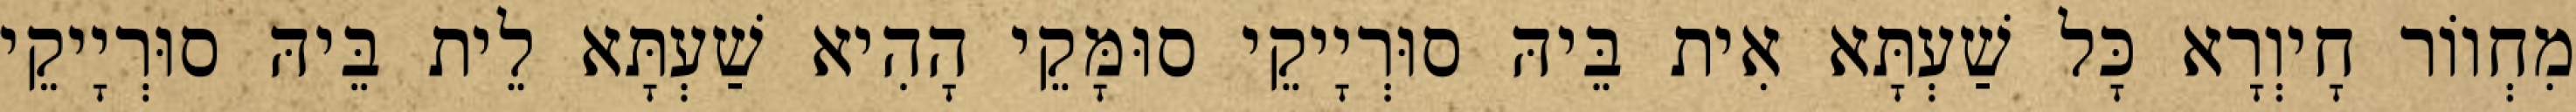
מִחְווֹר חָיוְרָא כָּל שַׁעְתָּא אִית בֵּיהּ סוּרְיָיקֵי סוּמָּקֵי הָהִיא שַׁעְתָּא לֵית בֵּיהּ סוּרְיָיקֵי